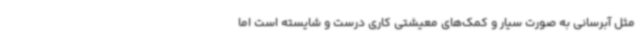
مثل آبرسانی به صورت سیار و کمک‌های معیشتی کاری درست و شایسته است اما